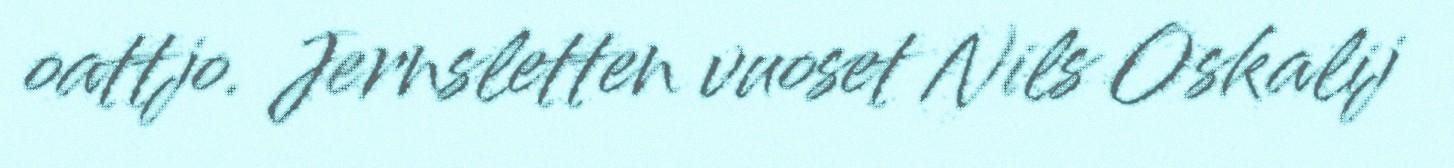
oattjo. Jernsletten vuoset Nils Oskalij